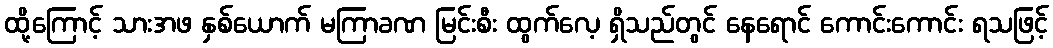
ထို့ကြောင့် သားအဖ နှစ်ယောက် မကြာခဏ မြင်းစီး ထွက်လေ့ ရှိသည်တွင် နေရောင် ကောင်းကောင်း ရသဖြင့်